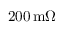
2 0 0 \, \mathrm { m } \Omega